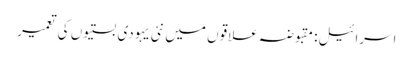
اسرائیل: مقبوضہ علاقوں میں نئی یہودی بستیوں کی تعمیر